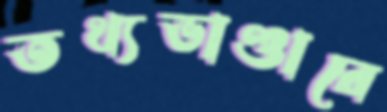
তথ্যভাণ্ডারে